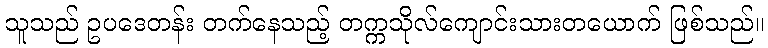
သူသည် ဥပဒေတန်း တက်နေသည့် တက္ကသိုလ်ကျောင်းသားတယောက် ဖြစ်သည်။